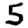
Digit: 5